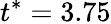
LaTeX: t^{*}=3.75